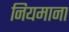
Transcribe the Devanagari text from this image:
नियमाना